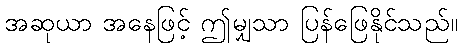
အဆုယာ အနေဖြင့် ဤမျှသာ ပြန်ဖြေနိုင်သည်။